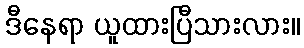
ဒီနေရာ ယူထားပြီသားလား။